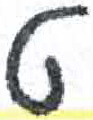
אות: ט